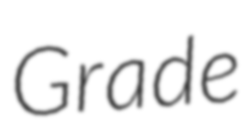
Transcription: Grade